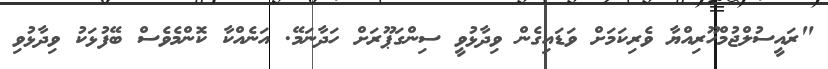
"ރައީސުލްޖުމްހޫރިއްޔާ ވެރިކަމަށް ވަޑައިގެން ވިދާޅުވީ ސިންގަޕޫރަށް ހަދާނަމޭ. އަނެއްކާ ކޮންމެވެސް ބޭފުޅަކު ވިދާޅުވި